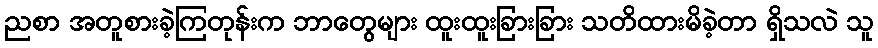
ညစာ အတူစားခဲ့ကြတုန်းက ဘာတွေများ ထူးထူးခြားခြား သတိထားမိခဲ့တာ ရှိသလဲ သူ